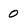
Character: 0